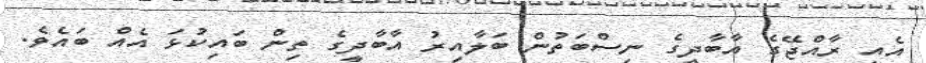
އެއީ ރާއްޖޭގެ އާބާދީގެ ނިސްބަތުން ބަލާއިރު އާބާދީގެ ތިން ބައިކުޅަ އެއް ބައެވެ.